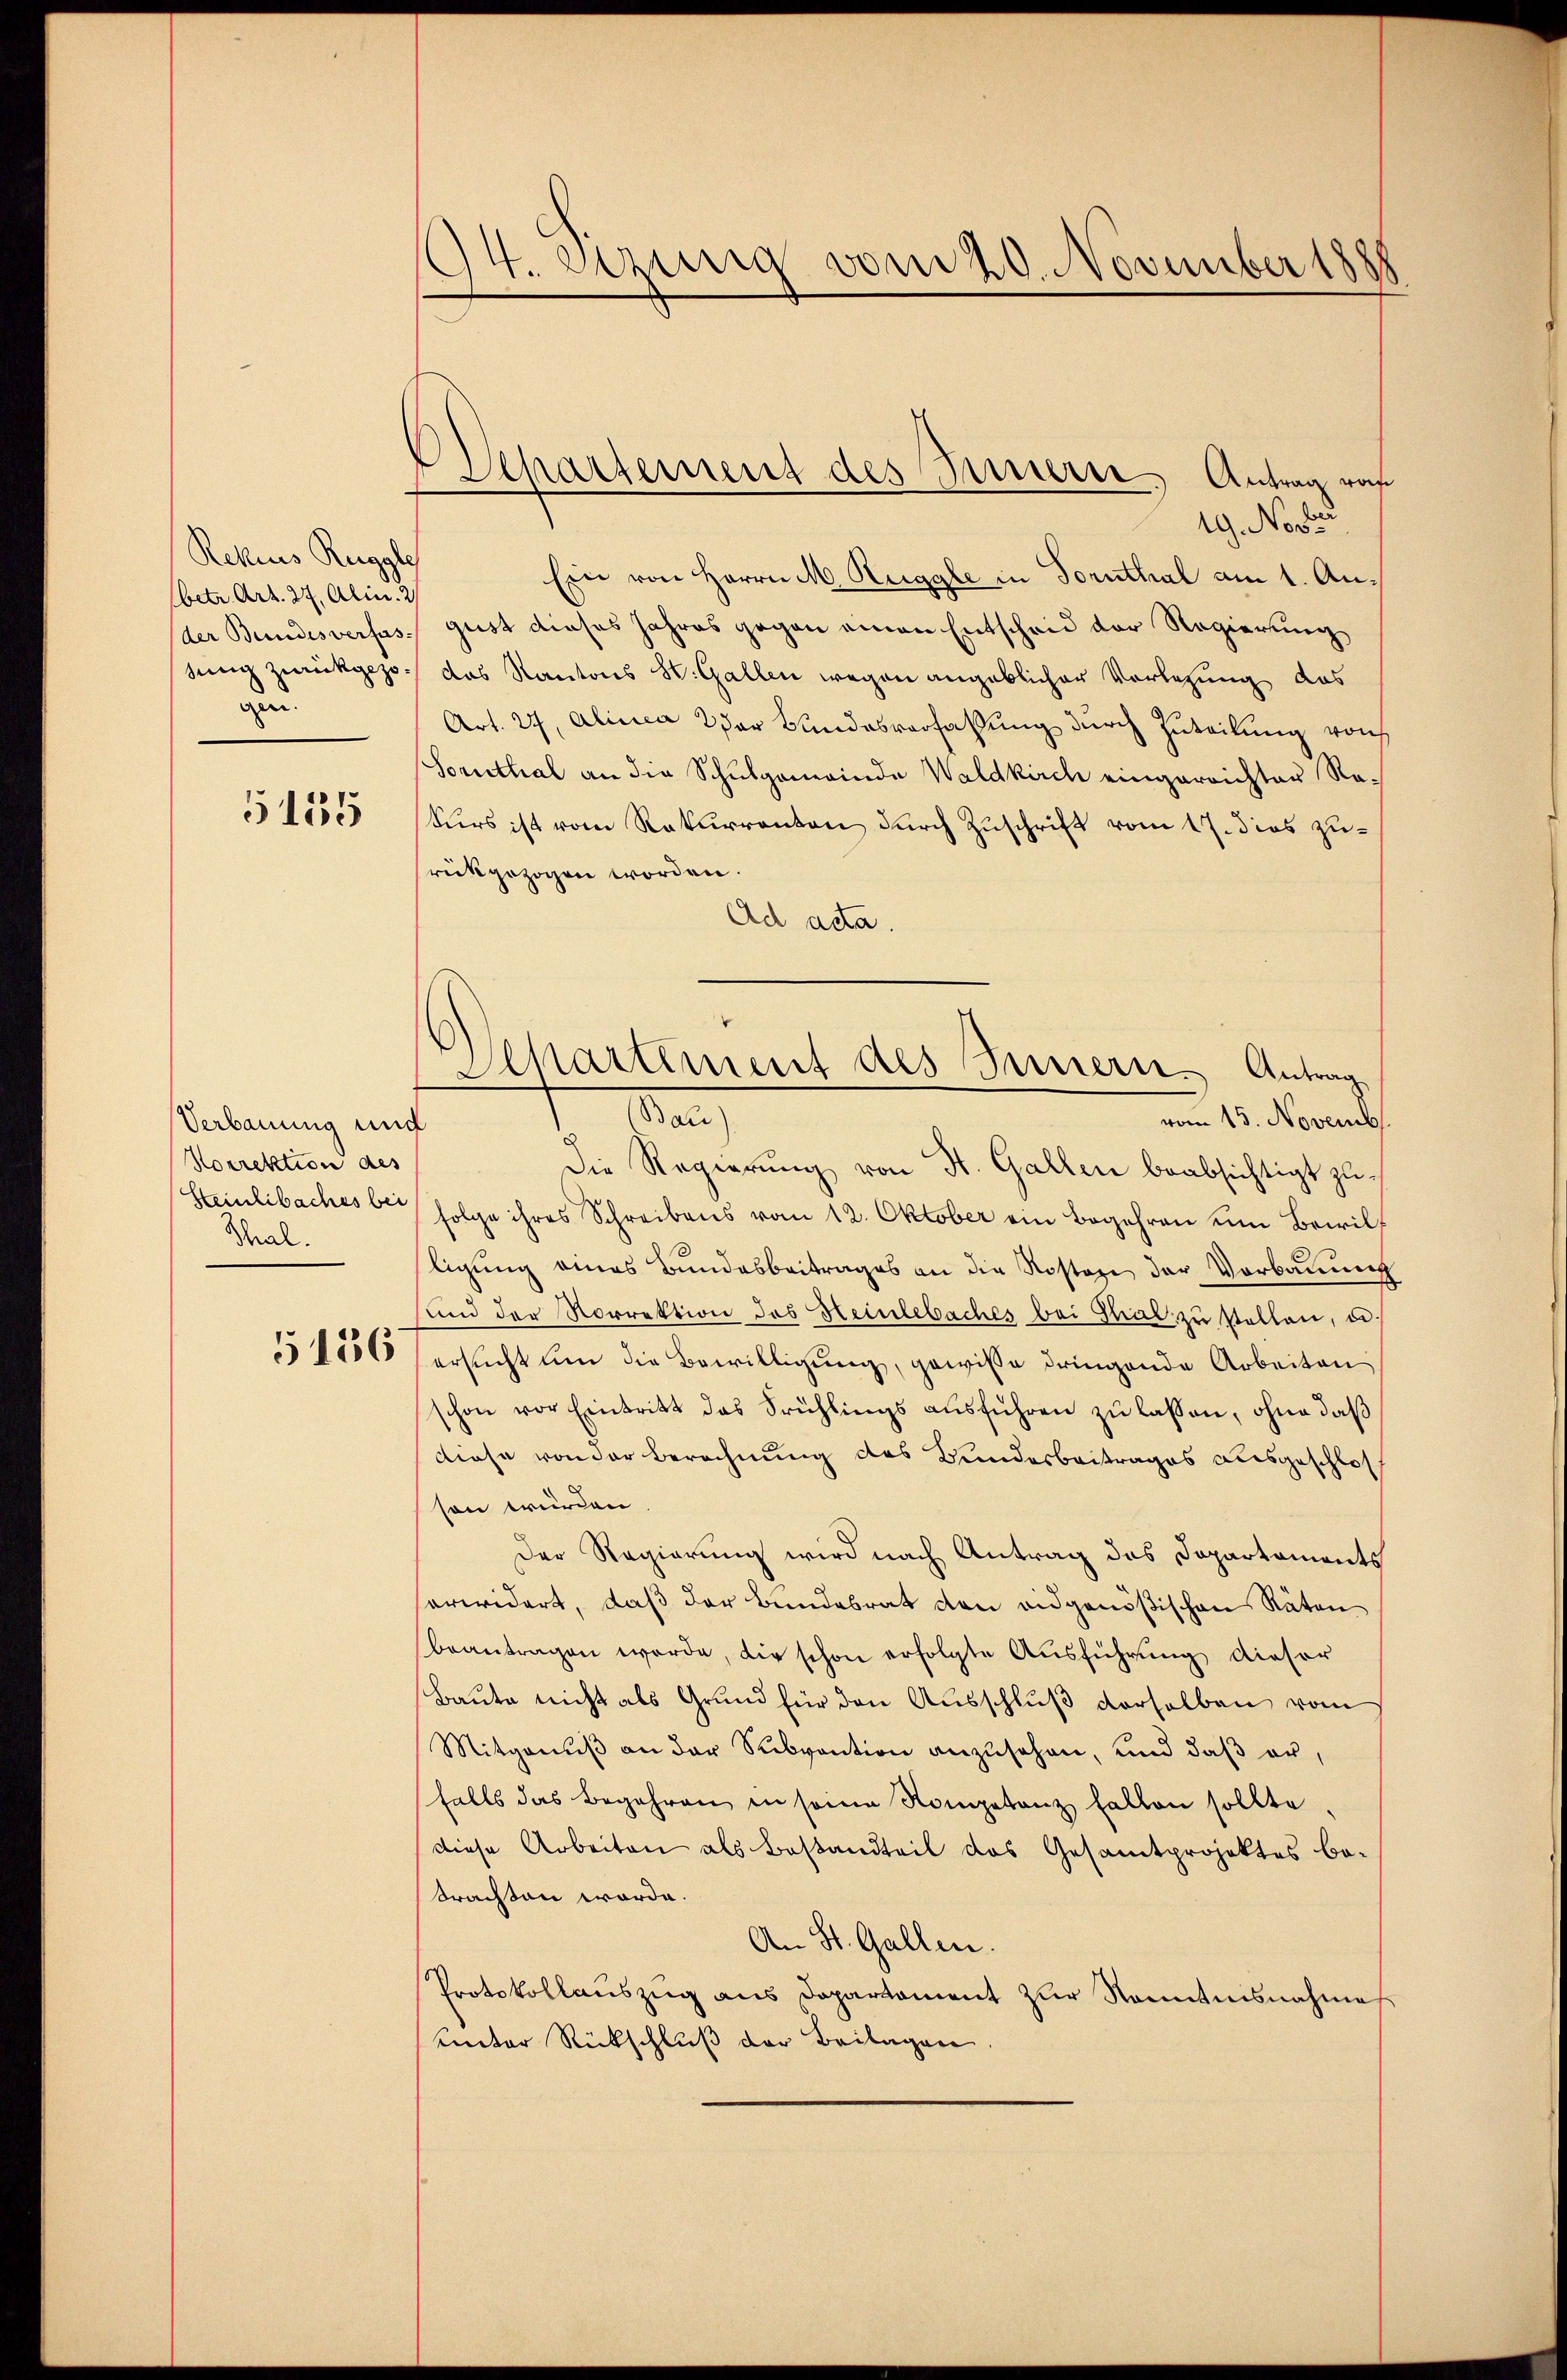
Rekurs Ruggle
(betr. Art. 27. Alin. 2
der Bundesverfas-
sung zurückgezogen.

5155

Verbauung und
Norrektion des
Steinlibaches bei
Thal.

5156

194. Etzung vom 20. November 18

Separtement des Innern, Antrag vo

19. No 33
Ein von Herrn M. Ruggle in Fornthal am 1. August dieses Jahres gegen einen Entscheid der Regierung
das Kantons W. Gallen wegen angeblicher Vorlegung das
Art. 27, Alinea 2 der Bundesverfassung durch Zuteilung von
Sornthal an die Schulgemeinde Waldkirch eingereichter Ra-
Kurs ist vom Rekurrenten durch Zuschrift vom 17. dies zurückgezogen worden.
Ad acta.
Die Regierung von St. Gallen beabsichtigt zu-
folge ihres Schreibens vom 12. Oktober ein Begehren um Bewil
ligung eines Bundesbeitrages an die Rostage der Vorbauung
sind der Norrektion des Heinlebaches bei Thal zu stellen, u.
ersucht um die Bewilligung, gewisse dringende Arbeiten
schon vor Eintritt das Frühlings ausführen zu lassen, ohne daß
diese von der Berechnung des Bundesbeitrages ausgeschlosson würden.
Der Regierung wird nach Antrag das Departaments
serwidert, daß der Bundesrat den eidgenößischen Räten
beantragen werde, die schon erfolgte Ausführung dieser
Baute nicht als Grund für den Ausschluß derselben vom
Mitganŭβ an der Subvention anzusehen, und daß er,
falls das Begehren in seine Kompetenz fallen sollte,
diese Arbeiten als Bestandteil das Gesamtprojektes be-
brachten worde.
An St. Gallen.
Protokollauszug aus Departament zur Sonntnisnahme
unter Rückschluß der Beilagen,

Slkartement des Innern. Antrag
an
vom 15. Novemb